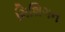
મિશિગન